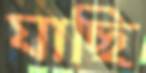
যাছি